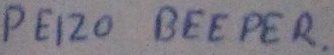
Text: PEIZO BEEPER